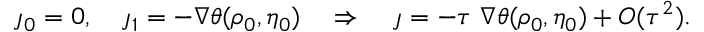
\j _ { 0 } = 0 , \quad \j _ { 1 } = - \nabla \theta ( \rho _ { 0 } , \eta _ { 0 } ) \quad \Rightarrow \quad \j = - \tau \ \nabla \theta ( \rho _ { 0 } , \eta _ { 0 } ) + O ( \tau ^ { 2 } ) .